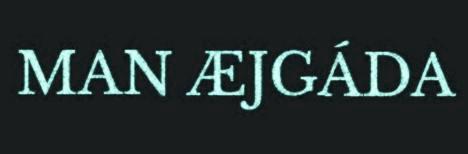
MAN ÆJGÁDA